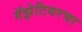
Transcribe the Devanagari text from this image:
गॅझेटियरचा